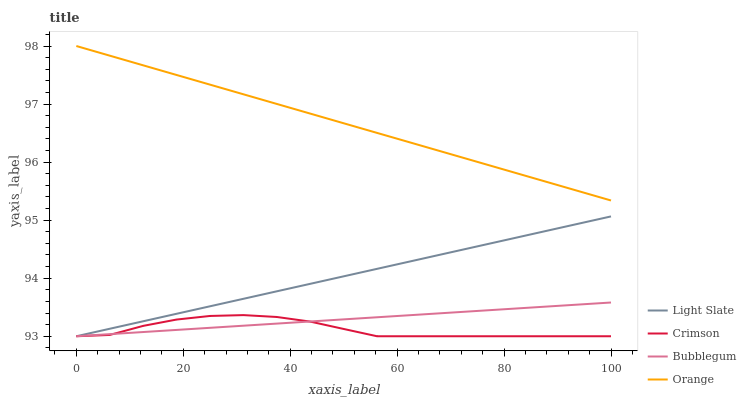
| xaxis_label | Light Slate | Crimson | Bubblegum | Orange |
 | --- | --- | --- | --- | --- |
 | 0 | 93 | 93 | 93 | 98 |
 | 6.25 | 93.1 | 93 | 93 | 97.8 |
 | 12.5 | 93.3 | 93.2 | 93.1 | 97.7 |
 | 18.8 | 93.4 | 93.3 | 93.1 | 97.5 |
 | 25 | 93.5 | 93.3 | 93.1 | 97.3 |
 | 31.2 | 93.6 | 93.4 | 93.2 | 97.2 |
 | 37.5 | 93.8 | 93.3 | 93.2 | 97 |
 | 43.8 | 93.9 | 93.3 | 93.3 | 96.8 |
 | 50 | 94 | 93.1 | 93.3 | 96.7 |
 | 56.2 | 94.2 | 93 | 93.3 | 96.5 |
 | 62.5 | 94.3 | 93 | 93.4 | 96.3 |
 | 68.8 | 94.4 | 93 | 93.4 | 96.2 |
 | 75 | 94.5 | 93 | 93.4 | 96 |
 | 81.2 | 94.7 | 93 | 93.5 | 95.8 |
 | 87.5 | 94.8 | 93 | 93.5 | 95.7 |
 | 93.8 | 94.9 | 93 | 93.5 | 95.5 |
 | 100 | 95.1 | 93 | 93.6 | 95.3 |